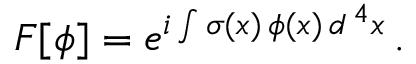
F [ \phi ] = e ^ { i \int \sigma ( x ) \, \phi ( x ) \, d ^ { \, 4 } x } \, .